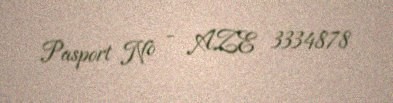
Pasport № - AZE 3334878